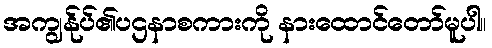
အကျွန်ုပ်၏ပဌနာစကားကို နားထောင်တော်မူပါ။